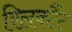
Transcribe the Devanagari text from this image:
रिलक्टैंट